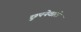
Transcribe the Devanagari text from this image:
छुपनेवाले